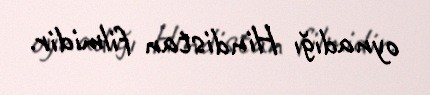
oynadığı Hindistan filmidir.